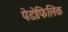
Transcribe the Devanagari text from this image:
पेडोफिलिक